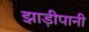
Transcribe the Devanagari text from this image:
झाड़ीपानी